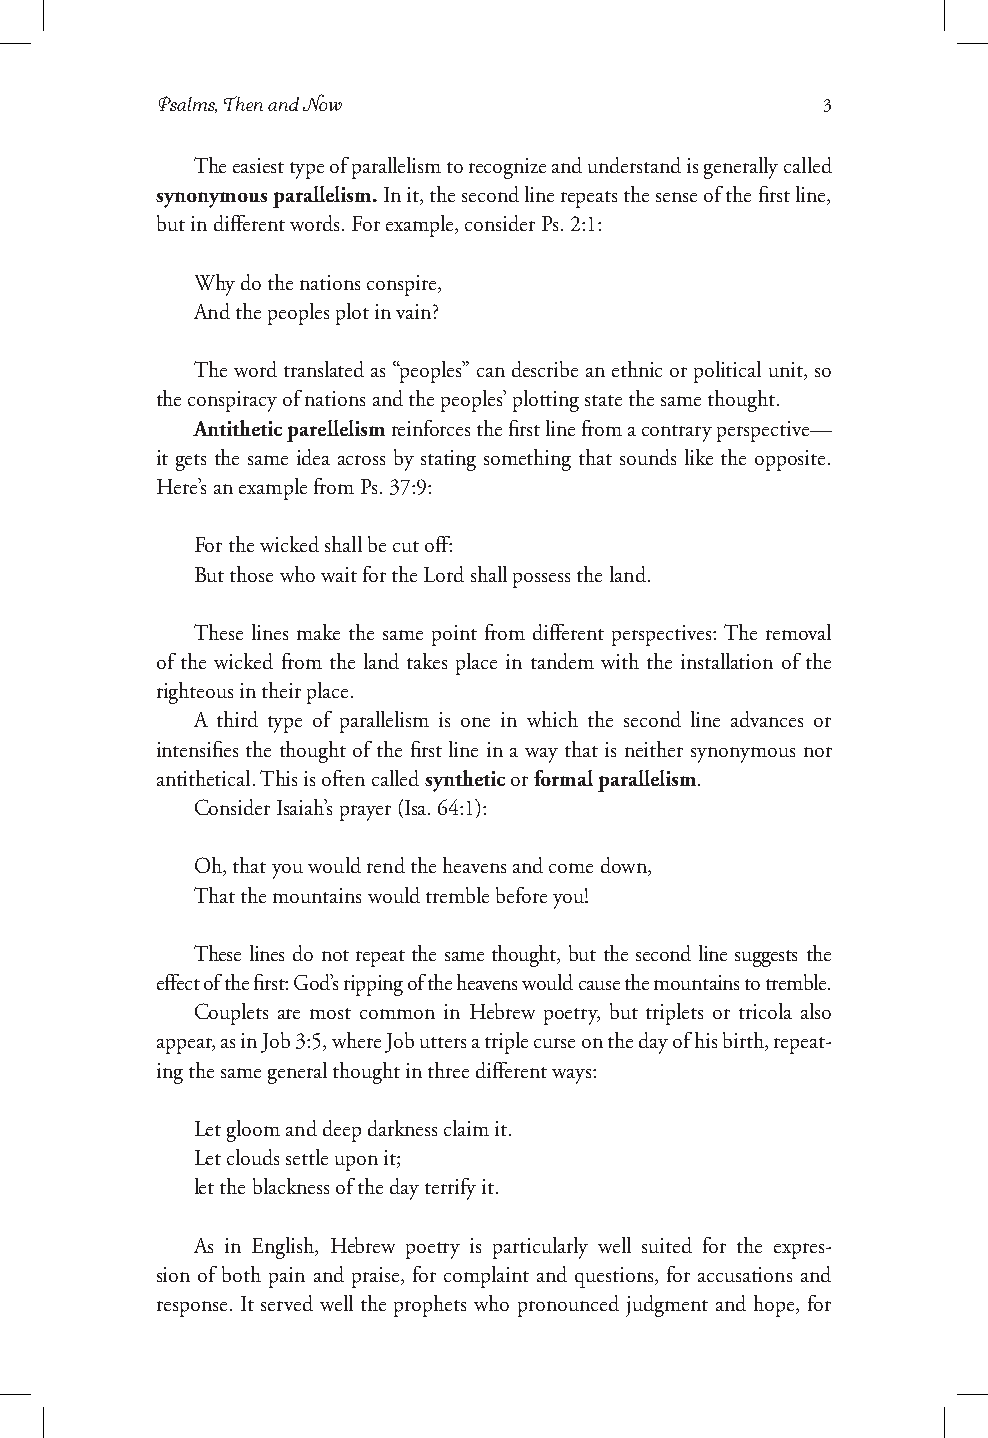
Psalms, Then and Now                        3
 The easiest type of parallelism to recognize and understand is generally called
 synonymous parallelism. In it, the second line repeats the sense of the first line,
 but in different words. For example, consider Ps. 2:1:
 Why do the nations conspire,
 And the peoples plot in vain?
 The word translated as “peoples” can describe an ethnic or political unit, so
 the conspiracy of nations and the peoples’ plotting state the same thought.
 Antithetic parellelism reinforces the first line from a contrary perspective—
 it gets the same idea across by stating something that sounds like the opposite.
 Here’s an example from Ps. 37:9:
 For the wicked shall be cut off:
 But those who wait for the Lord shall possess the land.
 These lines make the same point from different perspectives: The removal
 of the wicked from the land takes place in tandem with the installation of the
 righteous in their place.
 A third type of parallelism is one in which the second line advances or
 intensifies the thought of the first line in a way that is neither synonymous nor
 antithetical. This is often called synthetic or formal parallelism.
 Consider Isaiah’s prayer (Isa. 64:1):
 Oh, that you would rend the heavens and come down,
 That the mountains would tremble before you!
 These lines do not repeat the same thought, but the second line suggests the
 effect of the first: God’s ripping of the heavens would cause the mountains to tremble.
 Couplets are most common in Hebrew poetry, but triplets or tricola also
 appear, as in Job 3:5, where Job utters a triple curse on the day of his birth, repeat-
 ing the same general thought in three different ways:
 Let gloom and deep darkness claim it.
 Let clouds settle upon it;
 let the blackness of the day terrify it.
 As in English, Hebrew poetry is particularly well suited for the expres-
 sion of both pain and praise, for complaint and questions, for accusations and
 response. It served well the prophets who pronounced judgment and hope, for